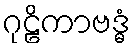
ဂုဠိကာဗဒ္ဓံ